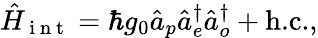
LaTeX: \hat{H}_{\mathrm{~i~n~t~}}=\hbar g_{0}\hat{a}_{p}\hat{a}_{e}^{\dagger}\hat{a}_{o}^{\dagger}+\textrm{h.c.},